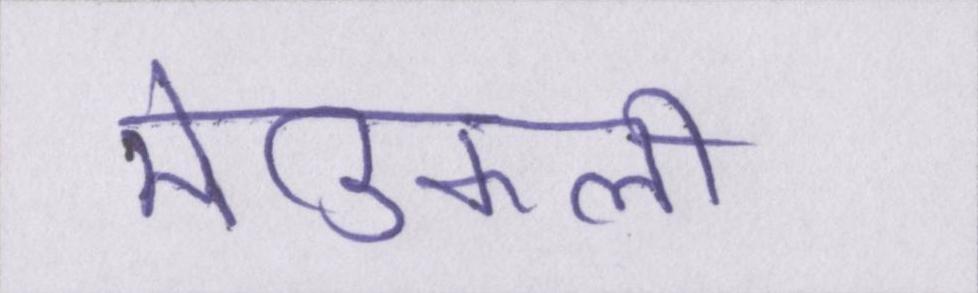
मेडिकली